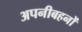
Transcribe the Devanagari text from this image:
अपनीबहनों